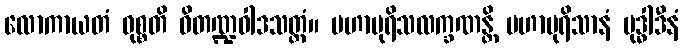
လောကာယတံ ဝုစ္စတိ ဝိတဏ္ဍဝါဒသတ္ထံ။ မဟာပုရိသလက္ခဏန္တိ မဟာပုရိသာနံ ဗုဒ္ဓါဒီနံ